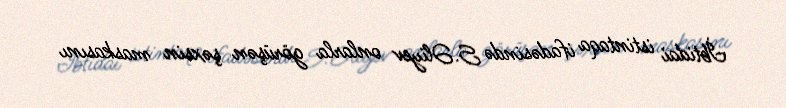
İbtidai istintaqa ifadəsində S.Əliyev onlarla görüşən şəxsin maskasını